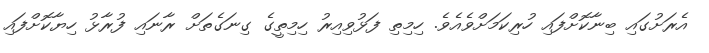
އެރަށުގައި ބިނާކޮށްފައި ހުރިކަމަށްވެއެވެ. ހިމިތި ފަޅުވިއިރު ހިމިތީގެ ގިނަގެތަށް ރާނައި ފުރާޅު ހިޔާކޮށްފައި